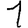
Digit: 1